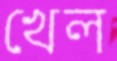
খেল